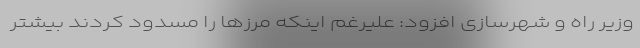
وزیر راه و شهرسازی افزود: علیرغم اینکه مرزها را مسدود کردند بیشتر